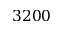
3 2 0 0